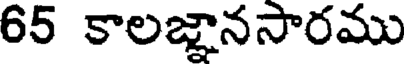
65 కాలజ్ఞానసారము